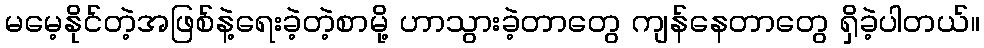
မမေ့နိုင်တဲ့အဖြစ်နဲ့ရေးခဲ့တဲ့စာမို့ ဟာသွားခဲ့တာတွေ ကျန်နေတာတွေ ရှိခဲ့ပါတယ်။